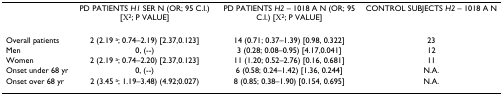
<table><thead><tr><td></td><td><b>PD PATIENTS <i>H1 </i>SER N (OR; 95 C.I.) [Χ<sup>2</sup>; P VALUE]</b></td><td><b>PD PATIENTS <i>H2 </i>– 1018 A N (OR; 95 C.I.) [Χ<sup>2</sup>; P VALUE]</b></td><td><b>CONTROL SUBJECTS <i>H2 </i>– 1018 A N</b></td></tr></thead><tbody><tr><td>Overall patients</td><td>2 (2.19 <sup>a</sup>; 0.74–2.19) [2.37,0.123]</td><td>14 (0.71; 0.37–1.39) [0.98, 0.322]</td><td>23</td></tr><tr><td>Men</td><td>0, (--)</td><td>3 (0.28; 0.08–0.95) [4.17,0.041]</td><td>12</td></tr><tr><td>Women</td><td>2 (2.19 <sup>a</sup>; 0.74–2.20) [2.37,0.123]</td><td>11 (1.20; 0.52–2.76) [0.16, 0.681]</td><td>11</td></tr><tr><td>Onset under 68 yr</td><td>0, (--)</td><td>6 (0.58; 0.24–1.42) [1.36, 0.244]</td><td>N.A.</td></tr><tr><td>Onset over 68 yr</td><td>2 (3.45 <sup>a</sup>; 1.19–3.48) (4.92;0.027)</td><td>8 (0.85; 0.38–1.90) [0.154, 0.695]</td><td>N.A.</td></tr></tbody></table>